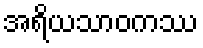
အရိယသာဝကဿ